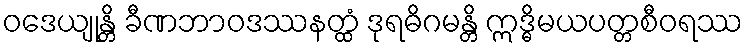
ဝဒေယျုန္တိ ခီဏဘာဝဒဿနတ္ထံ ဒုရဓိဂမန္တိ ဣဒ္ဓိမယပတ္တစီဝရဿ